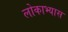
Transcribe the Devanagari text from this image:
लोकाभ्यास